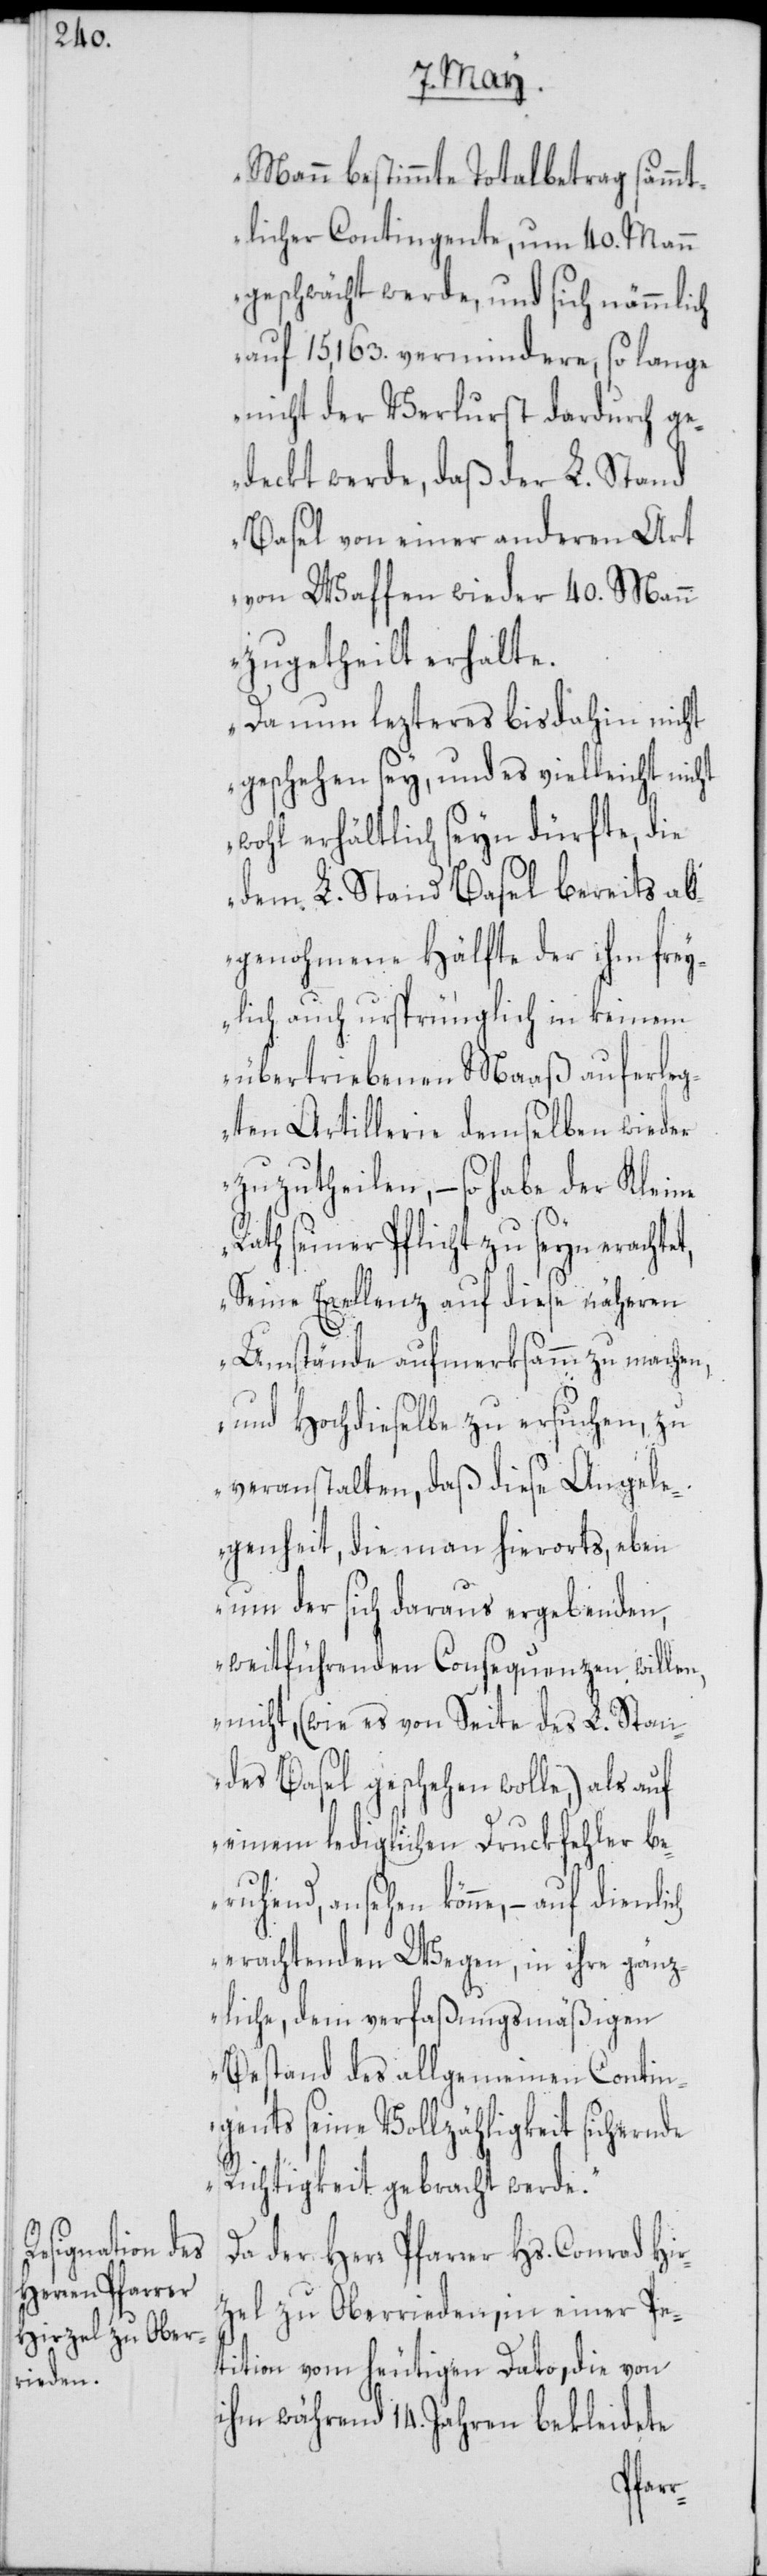
Mann bestimmte Totalbetrag sämmt¬
licher Contingente, um 40. Mann
geschwächt werde, und sich nämmlich
auf 15,163. vermindere, so lange
nicht der Verlurst dadurch ge¬
deckt werde, daß der L. Stand
Basel von einer anderen Art
von Waffen wieder 40. Mann
zugetheilt erhalte.
Da nun lezteres bis dahin nicht
geschehen sey, und es vielleicht nicht
wohl erhältlich seyn dürfte, die
dem L. Stand Basel bereits ab¬
genohmene Hälfte der ihm frey¬
lich auch ursprünglich in keinem
übertriebenen Maaß auferleg¬
ten Artillerie demselben wieder
zuzutheilen, – so habe der Kleine
Rath seiner Pflicht zu seyn eracht¬
Seine Excellenz auf diese näheren
Umstände aufmerksamm zu machen,
und Hochdieselbe zu ersuchen, zu
veranstalten, daß diese Angele¬
genheit, die man hierorts, eben
um der sich daraus ergebenden,
weitführenden Consequenzen willen,
nicht, (wie es von Seite des L. Stan¬
des Basel geschehen wolle,) als auf
einem lediglichen Druckfehler be¬
ruhend, ansehen könne, – auf die¬
erachtenden Wegen, in ihre gänz¬
liche, dem verfaßungsmäßigen
Bestand des allgemeinen Contin¬
gents seine Vollzähligkeit sichernde
Richtigkeit gebracht werde.“
Da der Herr Pfarrer Hs. Conrad Hir¬
zel zu Oberrieden, in einer Pe¬
tition vom heutigen Dato, die von
ihm während 14. Jahren bekleidete
nlich